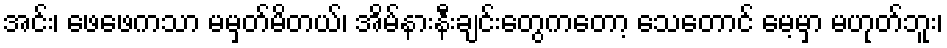
အင်း၊ ဖေဖေကသာ မမှတ်မိတယ်၊ အိမ်နားနီးချင်းတွေကတော့ သေတောင် မေ့မှာ မဟုတ်ဘူး၊